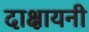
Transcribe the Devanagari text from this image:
दाक्षायनी